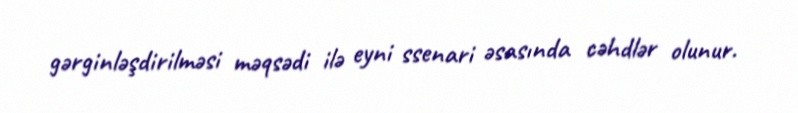
gərginləşdirilməsi məqsədi ilə eyni ssenari əsasında cəhdlər olunur.